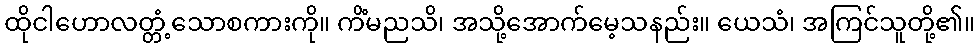
ထိုငါဟောလတ္တံ့သောစကားကို။ ကိံမညသိ၊ အသို့အောက်မေ့သနည်း။ ယေသံ၊ အကြင်သူတို့၏။